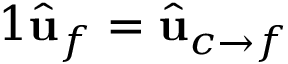
\begin{array} { r } { { 1 } \hat { \mathbf { u } } _ { f } = \hat { \mathbf { u } } _ { c \rightarrow f } } \end{array}